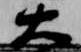
大